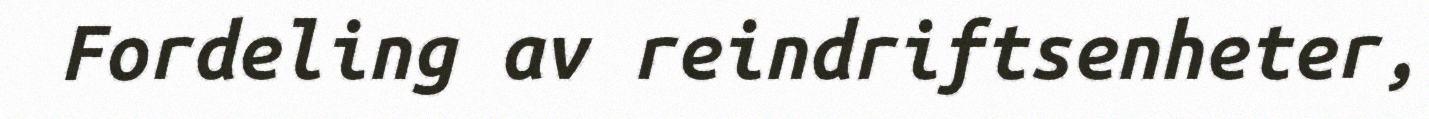
Fordeling av reindriftsenheter,